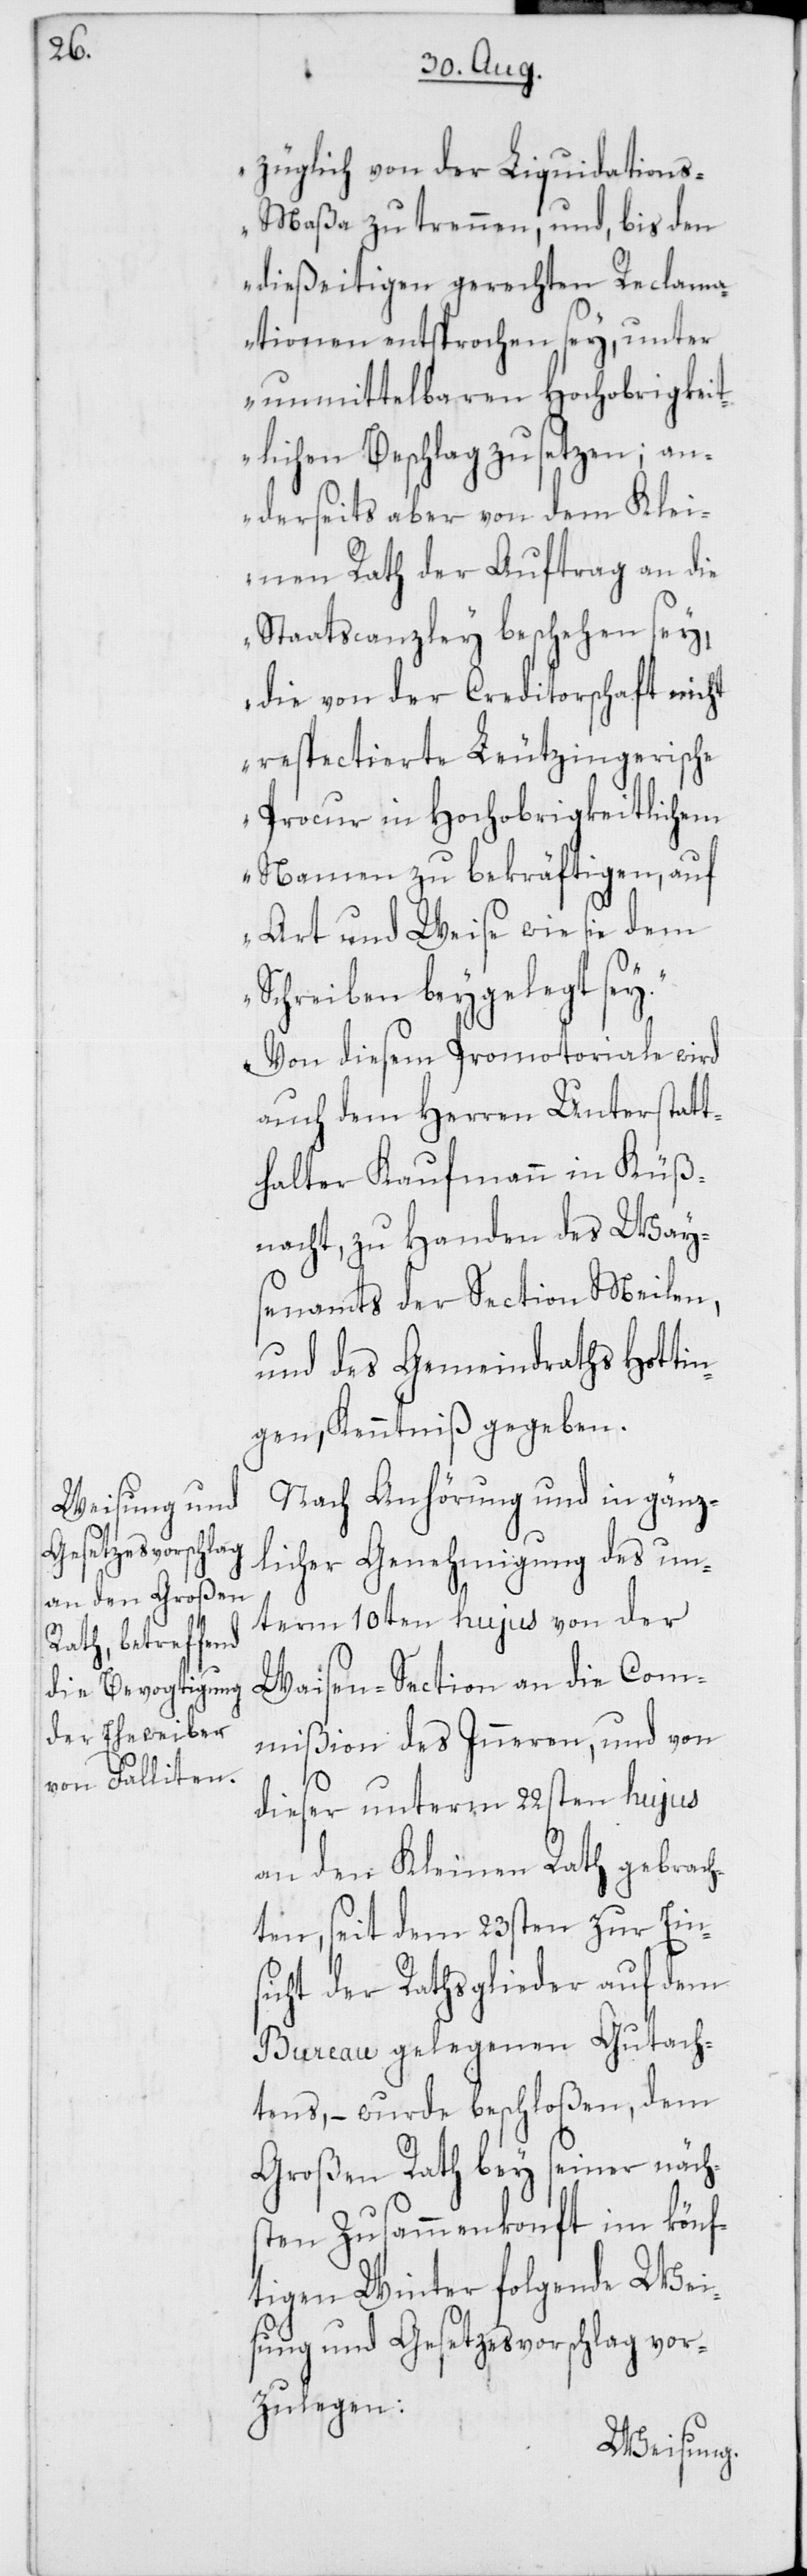
züglich von der Liquidation¬
s-Maßa zu trennen, und, bis den
dießeitigen gerechten Reclama¬
tionen entsprochen sey, unter
unmittelbaren Hochobrigkeit¬
lichen Beschlag zu setzen; an¬
derseits aber von dem Klei¬
nen Rath der Auftrag an die
Staatscanzley beschehen sey,
die von der Creditorschaft nicht
respectierte Leutzingerische
Procur in Hochobrigkeitlichem
Namen zu bekräftigen, auf
Art und Weise wie sie dem
Schreiben beygelegt sey.“
Von diesem Promotoriale wird
auch dem Herren Unterstatt¬
halter Kaufmann in Küß¬
nacht, zu Handen des Ways¬
enamts der Section Meilen,
und des Gemeindraths Hottin¬
gen, Kenntniß gegeben.
Nach Anhörung und in gänz¬
licher Genehmigung des un¬
term 10ten hujus von der
Waisen-Section an die Com¬
mißion des Inneren, und von
dieser unterm 22sten hujus
an den Kleinen Rath gebrach¬
ten, seit dem 23sten zur Ein¬
sicht der Rathsglieder auf dem
Bureau gelegenen Gutach¬
tens, – wurde beschloßen, dem
Großen Rath bey seiner nächs¬
ten Zusammenkonft im könf¬
tigen Winter folgende Wei¬
sung und Gesetzesvorschlag vor¬
zulegen: